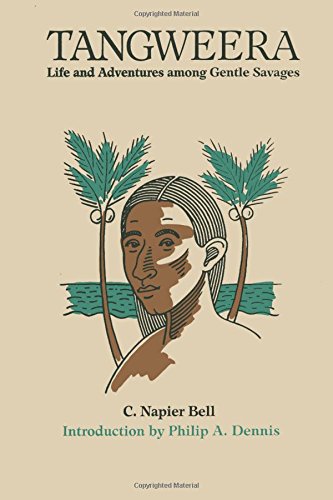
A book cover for Tangweera: Life and Adventures among Gentle Savages; C. Napier Bell; Travel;